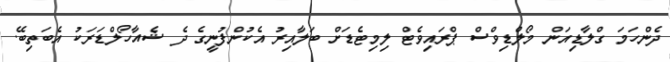
ދެންހަމަ ގްލާޑިއަން މޯލްޑިވްސް ޕްރައިވެޓް ލިމިޓެޑަށް ބަލާއިރު އެކުންފުނީގެ ދެ ޝެއާހޯލްޑަރަކު އެބަތިބޭ.